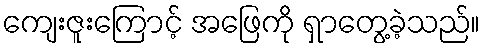
ကျေးဇူးကြောင့် အဖြေကို ရှာတွေ့ခဲ့သည်။